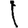
Digit: 1